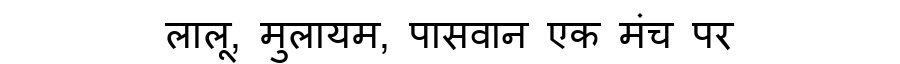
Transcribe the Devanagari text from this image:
लालू, मुलायम, पासवान एक मंच पर